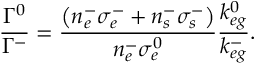
\frac { \Gamma ^ { 0 } } { \Gamma ^ { - } } = \frac { \left( n _ { e } ^ { - } \sigma _ { e } ^ { - } + n _ { s } ^ { - } \sigma _ { s } ^ { - } \right) } { n _ { e } ^ { - } \sigma _ { e } ^ { 0 } } \frac { k _ { e g } ^ { 0 } } { k _ { e g } ^ { - } } .